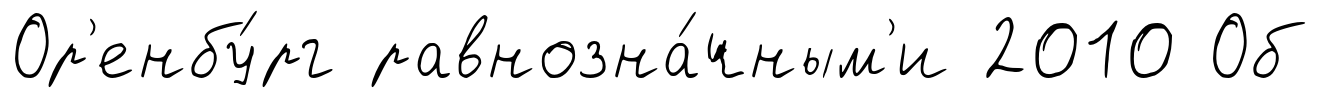
Ор'енбу́рг равнозна́чным'и 2010 Об